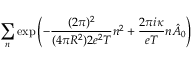
\sum _ { n } \exp \left( - \frac { ( 2 \pi ) ^ { 2 } } { ( 4 \pi R ^ { 2 } ) 2 e ^ { 2 } T } n ^ { 2 } + \frac { 2 \pi i \kappa } { e T } n \hat { A } _ { 0 } \right)